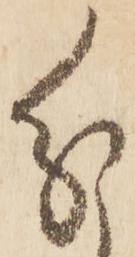
分